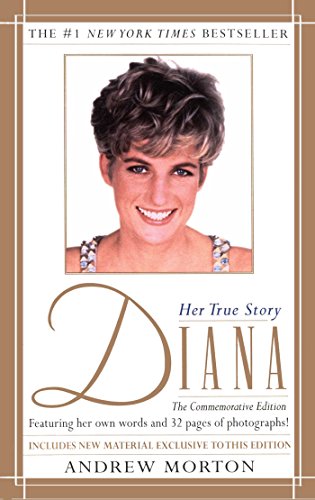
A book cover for Diana; Andrew Morton; Biographies & Memoirs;